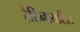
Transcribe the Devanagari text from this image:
रेटिनायटिस